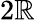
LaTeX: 2\mathbb{R}